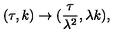
( \tau , k ) \rightarrow ( \frac { \tau } { \lambda ^ { 2 } } , \lambda k ) ,